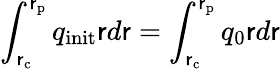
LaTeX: \int_{\mathsf{r}_{\mathrm{{c}}}}^{\mathsf{r}_{\mathrm{{p}}}}q_{\mathrm{{init}}}\mathsf{r}d\mathsf{r}=\int_{\mathsf{r}_{\mathrm{{c}}}}^{\mathsf{r}_{\mathrm{{p}}}}q_{0}\mathsf{r}d\mathsf{r}